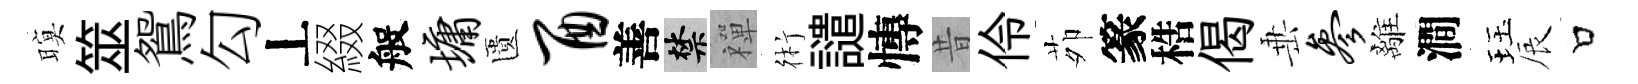
暝筮鴛勾丄綴般墉匱酉善禁禪術譴慱昔伶茆篆梏偈𡸁参離澗珏辰口